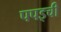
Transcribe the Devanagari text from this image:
पपइची